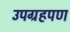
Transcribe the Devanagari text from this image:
उपग्रहपण